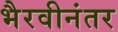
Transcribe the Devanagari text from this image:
भैरवीनंतर